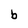
Character: b